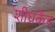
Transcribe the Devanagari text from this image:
शीघ्रकेंद्र